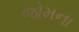
જોમના